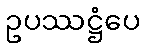
ဥပဿဋ္ဌံပေ